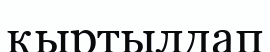
қыртылдап